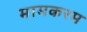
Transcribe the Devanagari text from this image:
मामकरम